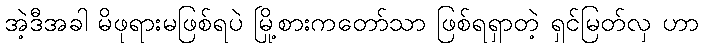
အဲ့ဒီအခါ မိဖုရားမဖြစ်ရပဲ မြို့စားကတော်သာ ဖြစ်ရရှာတဲ့ ရှင်မြတ်လှ ဟာ